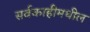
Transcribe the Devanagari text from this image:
सर्वकाहीमधील